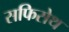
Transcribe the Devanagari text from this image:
सफिसेथ